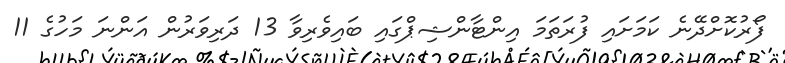
ފޯރުކޮށްދޭނެ ކަމަށައި ފުރަތަމަ އިންޓާންޝިޕްގައި ބައިވެރިވާ 13 ދަރިވަރުން އަންނަ މަހުގެ 11